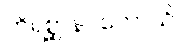
တိရစ္ဆာနဂတောသိ